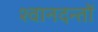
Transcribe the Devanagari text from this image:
श्वानदन्तों